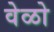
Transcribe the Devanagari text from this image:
वेळो